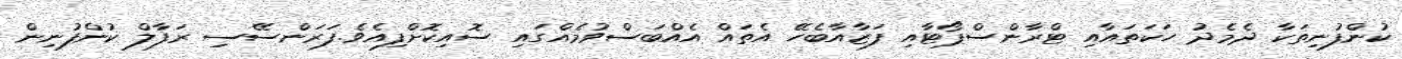
ކުންފުނިތަކާ ދެމެދު ހަކަތައާއި ޓްރާންސްޕޯޓާއި ފަޒާއާބެހޭ އެތައް އެއްބަސްވުމެއްގައި ސޮއިކޮށްފިއެވެ.ފަރަންސޭސި ރަފާލް ކުންފުނިން